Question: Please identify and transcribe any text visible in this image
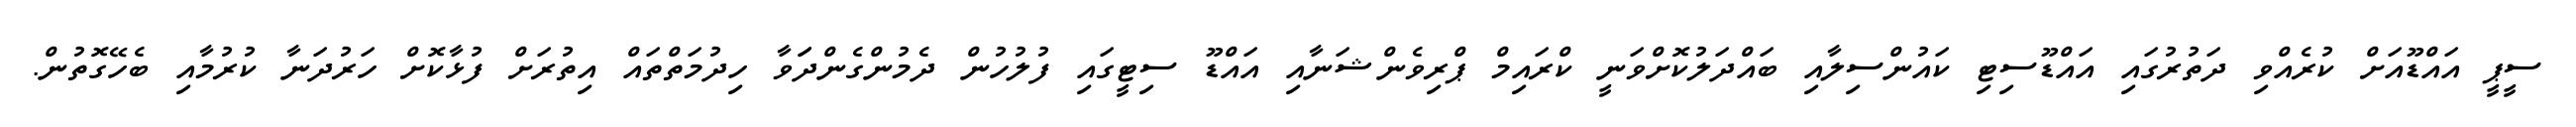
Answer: ސީޕީ އައްޑޫއަށް ކުރެއްވި ދަތުރުގައި އައްޑޫސިޓި ކައުންސިލާއި ބައްދަލުކޮށްވަނީ ކްރައިމް ޕްރިވެންޝަނާއި އައްޑޫ ސިޓީގައި ފުލުހުން ދެމުންގެންދަަވާ ހިދުމަތްތައް އިތުރަށް ފުޅާކޮށް ހަރުދަނާ ކުރުމާއި ބެހޭގޮތުން.